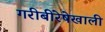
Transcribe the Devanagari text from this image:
गरीबीरेषेखाली